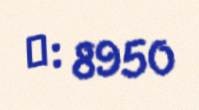
№: 8950